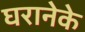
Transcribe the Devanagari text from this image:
घरानेके